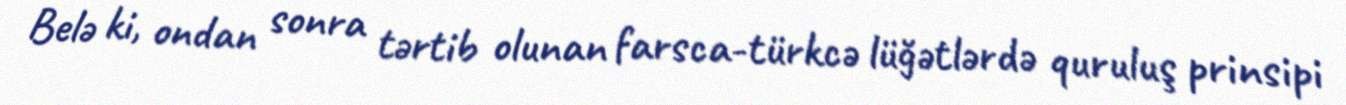
Belə ki, ondan sonra tərtib olunan farsca-türkcə lüğətlərdə quruluş prinsipi